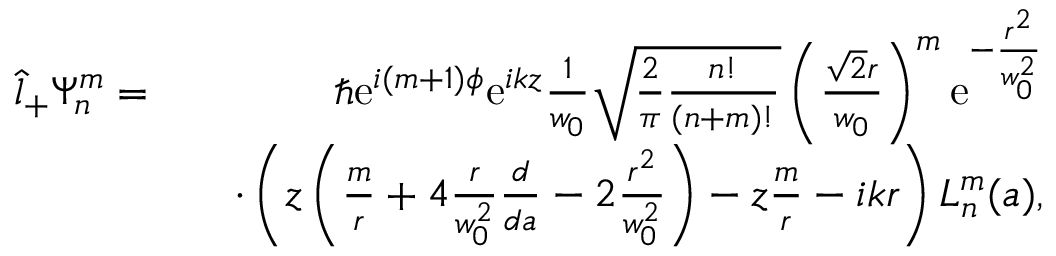
\begin{array} { r l r } { \hat { l } _ { + } \Psi _ { n } ^ { m } = } & { } & { \hbar \mathrm { e } ^ { i ( m + 1 ) \phi } \mathrm { e } ^ { i k z } \frac { 1 } { w _ { 0 } } \sqrt { \frac { 2 } { \pi } \frac { n ! } { ( n + m ) ! } } \left( \frac { \sqrt { 2 } r } { w _ { 0 } } \right) ^ { m } \mathrm { e } ^ { - \frac { r ^ { 2 } } { w _ { 0 } ^ { 2 } } } } \\ & { } & { \cdot \left( z \left( \frac { m } { r } + 4 \frac { r } { w _ { 0 } ^ { 2 } } \frac { d } { d a } - 2 \frac { r ^ { 2 } } { w _ { 0 } ^ { 2 } } \right) - z \frac { m } { r } - i k r \right) L _ { n } ^ { m } ( a ) , } \end{array}